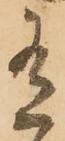
有